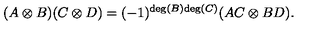
( A \otimes B ) ( C \otimes D ) = ( - 1 ) ^ { \mathrm { d e g } ( B ) \mathrm { d e g } ( C ) } ( A C \otimes B D ) .